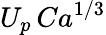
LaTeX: U_{p}\, Ca^{1/3}